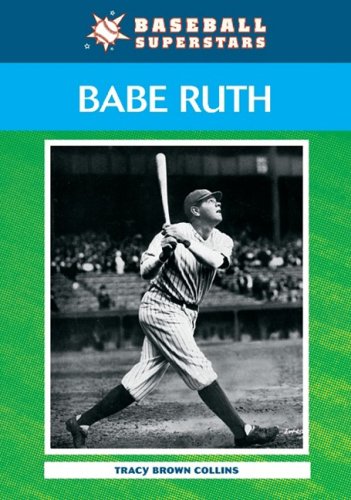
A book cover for Babe Ruth (Baseball Superstars); Tracy Brown Collins; Teen & Young Adult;